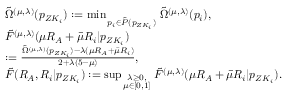
\begin{array} { r l } & { \tilde { \Omega } ^ { ( \mu , \lambda ) } ( p _ { Z K _ { i } } ) : = \operatorname* { m i n } _ { \scriptstyle \atop { \scriptstyle p _ { i } \in { \tilde { \cal P } ( p _ { Z K _ { i } } ) } } } \tilde { \Omega } ^ { ( \mu , \lambda ) } ( p _ { i } ) , } \\ & { \tilde { F } ^ { ( \mu , \lambda ) } ( { \mu } R _ { \cal A } + \bar { \mu } R _ { i } | p _ { Z K _ { i } } ) } \\ & { : = \frac { \tilde { \Omega } ^ { ( \mu , \lambda ) } ( p _ { Z K _ { i } } ) - \lambda ( { \mu } R _ { \cal A } + \bar { \mu } R _ { i } ) } { 2 + \lambda ( 5 - { \mu } ) } , } \\ & { \tilde { F } ( R _ { \cal A } , R _ { i } | p _ { Z K _ { i } } ) : = \operatorname* { s u p } _ { \scriptstyle \lambda \geq 0 , \atop { \scriptstyle \mu \in [ 0 , 1 ] } } \tilde { F } ^ { ( \mu , \lambda ) } ( { \mu } R _ { \cal A } + \bar { \mu } R _ { i } | p _ { Z K _ { i } } ) . } \end{array}